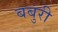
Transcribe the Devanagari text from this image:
बबुरी